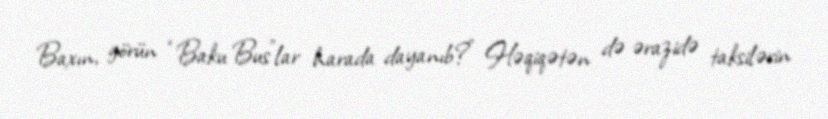
Baxın, görün “Baku Bus”lar harada dayanıb?” Həqiqətən də ərazidə taksilərin